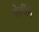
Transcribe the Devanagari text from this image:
बोगींचे